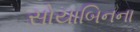
સોયાબિનના